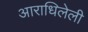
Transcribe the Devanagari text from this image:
आराधिलेली